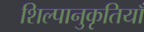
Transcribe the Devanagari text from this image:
शिल्पानुकृतियाँ